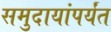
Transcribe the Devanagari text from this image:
समुदायांपर्यंत